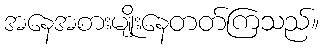
အနေအစားမျိုးနေတတ်ကြသည်။